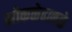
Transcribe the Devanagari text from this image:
मोकळेढाकळे